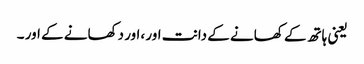
یعنی ہاتھ کے کھانے کے دانت اور ،اور دکھانے کے اور ۔